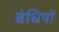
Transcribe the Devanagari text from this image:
बंधियों